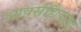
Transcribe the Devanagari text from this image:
आक्सीहैलाइड